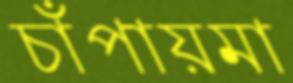
চাঁপায়মা